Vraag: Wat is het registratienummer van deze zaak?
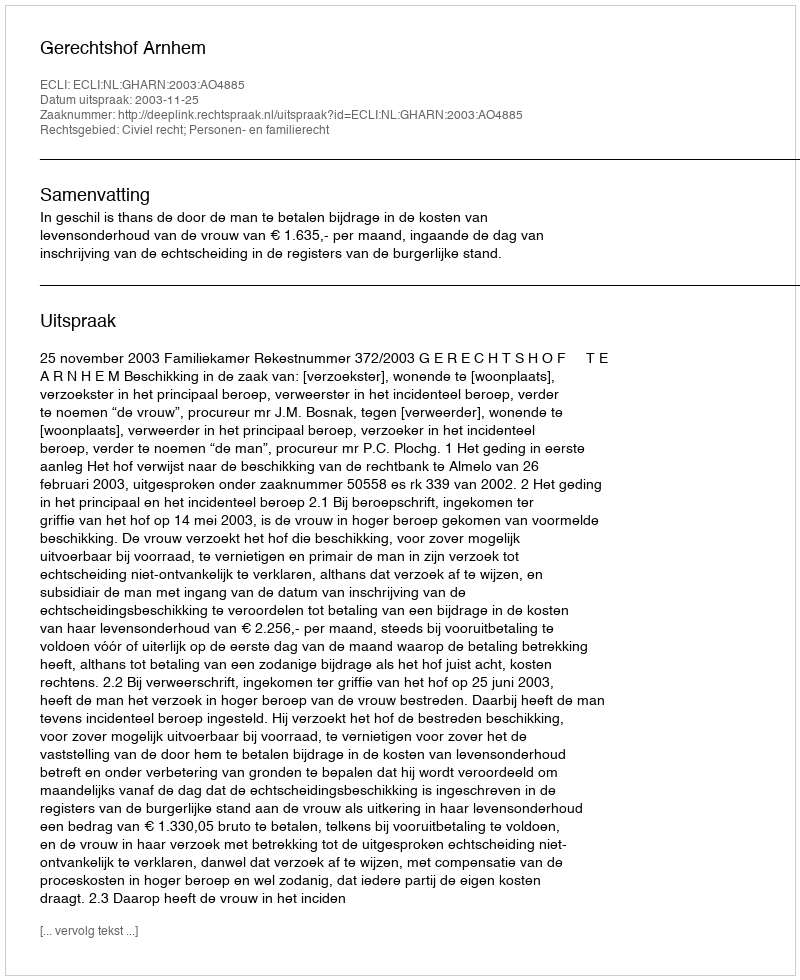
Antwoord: http://deeplink.rechtspraak.nl/uitspraak?id=ECLI:NL:GHARN:2003:AO4885